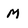
Character: M